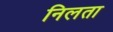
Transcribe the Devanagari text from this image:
निलता